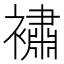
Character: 𲁆